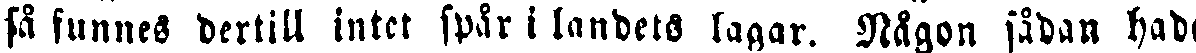
så funnes dertill intet spår i landets lagar. Någon sådan hade